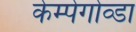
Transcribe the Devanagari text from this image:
केम्पेगोव्डा